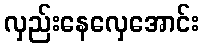
လှည်းနေလှေအောင်း